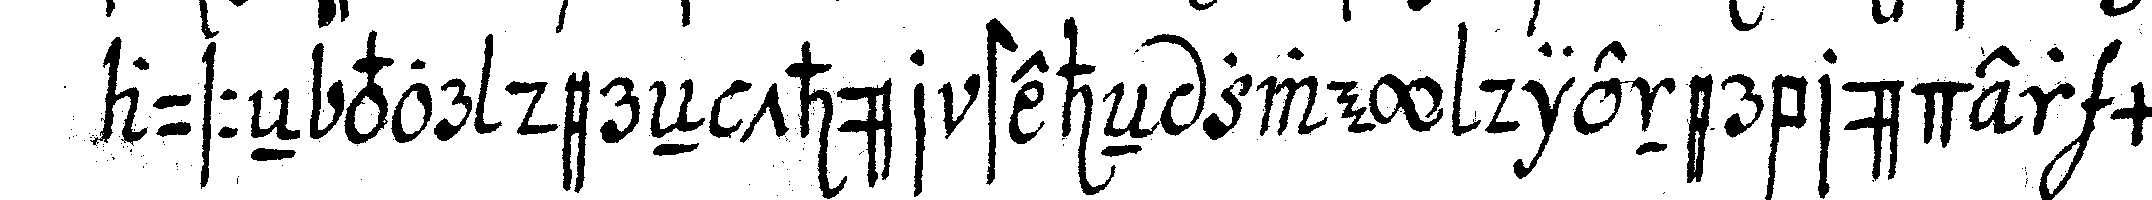
ausseN vor dereN thür steheN zwey dienerbrüder mit